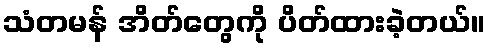
သံတမန် အိတ်တွေကို ပိတ်ထားခဲ့တယ်။